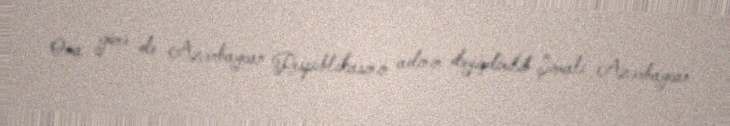
Ona görə də Azərbaycan Respublikasının adının dəyişdirilib Şimali Azərbaycan